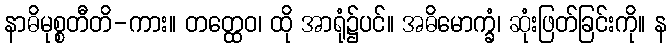
နာဓိမုစ္စတီတိ-ကား။ တတ္ထေဝ၊ ထို အာရုံ၌ပင်။ အဓိမောက္ခံ၊ ဆုံးဖြတ်ခြင်းကို။ န